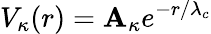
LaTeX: V_{\kappa}(r)=\mathbf{A}_{\kappa}e^{-r/\lambda_{c}}